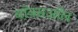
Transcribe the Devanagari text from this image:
वॉक्सऑल